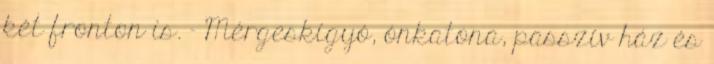
két fronton is. - Mérgeskígyó, ónkatona, passzív ház és